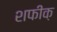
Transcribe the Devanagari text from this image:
शफीक़